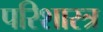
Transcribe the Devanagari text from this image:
परिशास्त्र